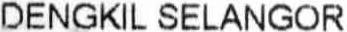
DENGKIL SELANGOR